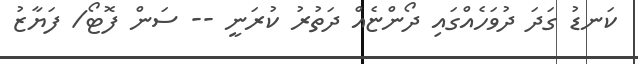
ކަނޑު ގަދަ ދުވަހެއްގައި ދޯންޏެއް ދަތުރު ކުރަނީ -- ސަން ފޮޓޯ/ ފަޔާޒު